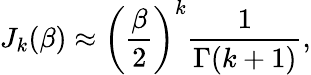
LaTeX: J_{k}(\beta)\approx\left(\frac{\beta}{2}\right)^{k}\frac{1}{\Gamma(k+1)},